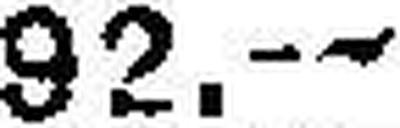
92.—